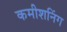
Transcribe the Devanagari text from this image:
कमीशनिंग